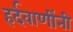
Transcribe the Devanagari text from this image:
हर्दवाणींनी